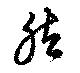
然